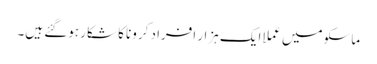
ماسکو میں عملا ایک ہزار افراد کرونا کا شکار ہوگئے ہیں۔